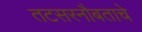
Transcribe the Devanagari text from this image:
तटसरनौबताचे